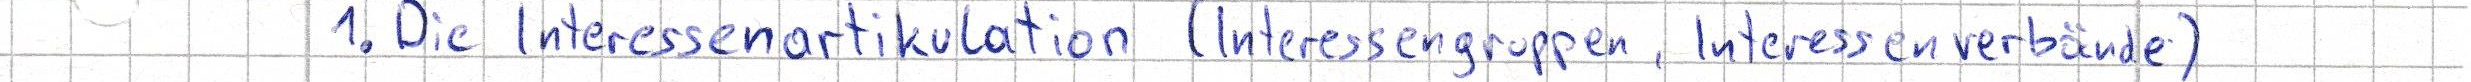
1. Die Interessenartikulation (Interessengruppen, Interessenverbände)